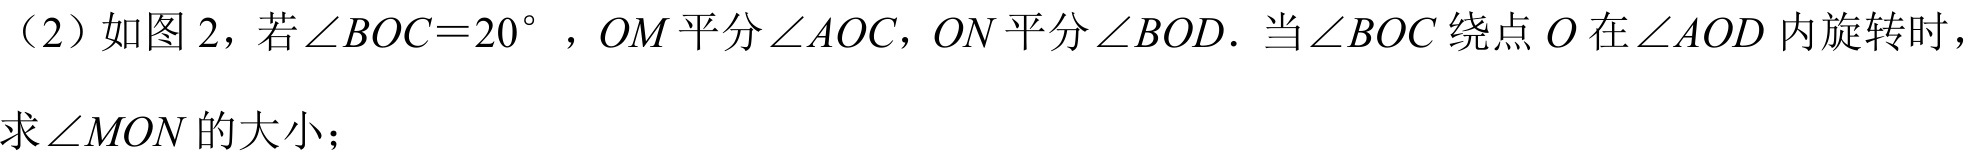
（2）如图 2，若\(\angle BOC = 20^{\circ}\)，\(OM\) 平分 \(\angle AOC\)，\(ON\) 平分 \(\angle BOD\)．当\(\angle BOC\) 绕点 \(O\) 在 \(\angle AOD\) 内旋转时，
求\(\angle MON\) 的大小；